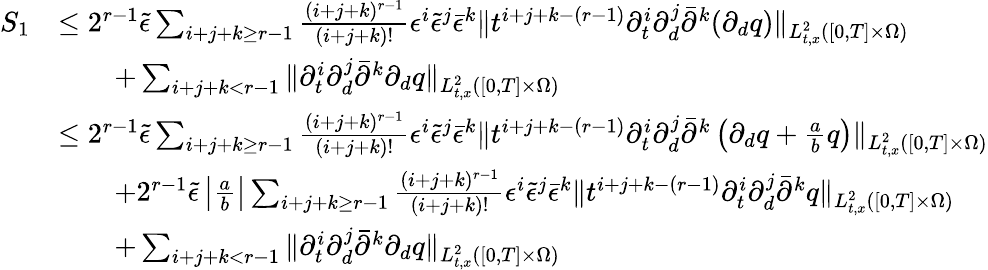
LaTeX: \begin{array}{rl}{S_{1}}&{\le 2^{r-1}\tilde{\epsilon}\sum_{i+j+k\ge r-1}\frac{(i+j+k)^{r-1}}{(i+j+k)!}\epsilon^{i}\tilde{\epsilon}^{j}\bar{\epsilon}^{k}\| t^{i+j+k-(r-1)}\partial_{t}^{i}\partial_{d}^{j}\bar{\partial}^{k}(\partial_{d}q)\| _{L_{t,x}^{2}([0,T]\times\Omega)}}\\ &{\quad\quad+\sum_{i+j+k<r-1}\| \partial_{t}^{i}\partial_{d}^{j}\bar{\partial}^{k}\partial_{d}q\| _{L_{t,x}^{2}([0,T]\times\Omega)}}\\ &{\le 2^{r-1}\tilde{\epsilon}\sum_{i+j+k\ge r-1}\frac{(i+j+k)^{r-1}}{(i+j+k)!}\epsilon^{i}\tilde{\epsilon}^{j}\bar{\epsilon}^{k}\| t^{i+j+k-(r-1)}\partial_{t}^{i}\partial_{d}^{j}\bar{\partial}^{k}\left(\partial_{d}q+\frac{a}{b}q\right)\| _{L_{t,x}^{2}([0,T]\times\Omega)}}\\ &{\quad\quad+2^{r-1}\tilde{\epsilon}\left|\frac{a}{b}\right|\sum_{i+j+k\ge r-1}\frac{(i+j+k)^{r-1}}{(i+j+k)!}\epsilon^{i}\tilde{\epsilon}^{j}\bar{\epsilon}^{k}\| t^{i+j+k-(r-1)}\partial_{t}^{i}\partial_{d}^{j}\bar{\partial}^{k}q\| _{L_{t,x}^{2}([0,T]\times\Omega)}}\\ &{\quad\quad+\sum_{i+j+k<r-1}\| \partial_{t}^{i}\partial_{d}^{j}\bar{\partial}^{k}\partial_{d}q\| _{L_{t,x}^{2}([0,T]\times\Omega)}}\end{array}